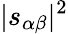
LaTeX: |s_{\alpha\beta}|^{2}